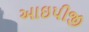
આઇપીજી